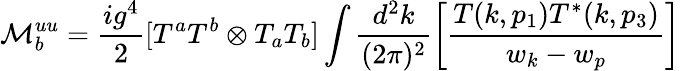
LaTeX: {\cal M}_{b}^{uu}=\frac{ig^{4}}{2}[T^{a}T^{b}\otimes T_{a}T_{b}]\int\frac{d^{2}k}{(2\pi)^{2}}\left[\frac{T(k,p_{1})T^{*}(k,p_{3})}{w_{k}-w_{p}}\right]